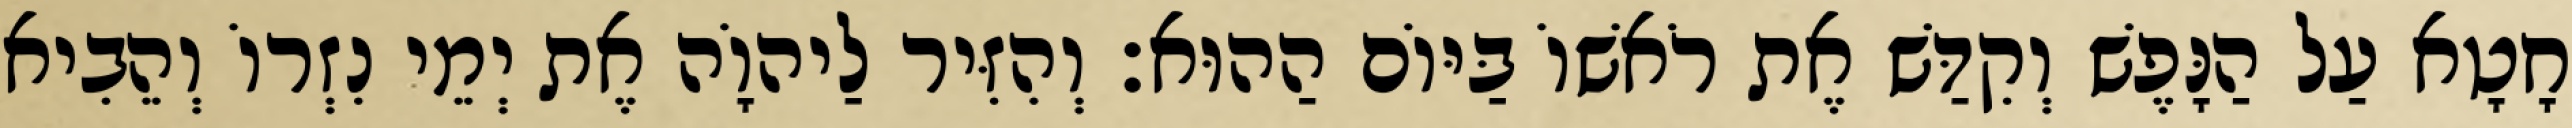
חָטָא עַל הַנָּפֶשׁ וְקִדַּשׁ אֶת רֹאשׁוֹ בַּיּוֹם הַהוּא׃ וְהִזִּיר לַיהוָֹה אֶת יְמֵי נִזְרוֹ וְהֵבִיא